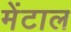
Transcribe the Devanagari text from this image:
मेंटाल